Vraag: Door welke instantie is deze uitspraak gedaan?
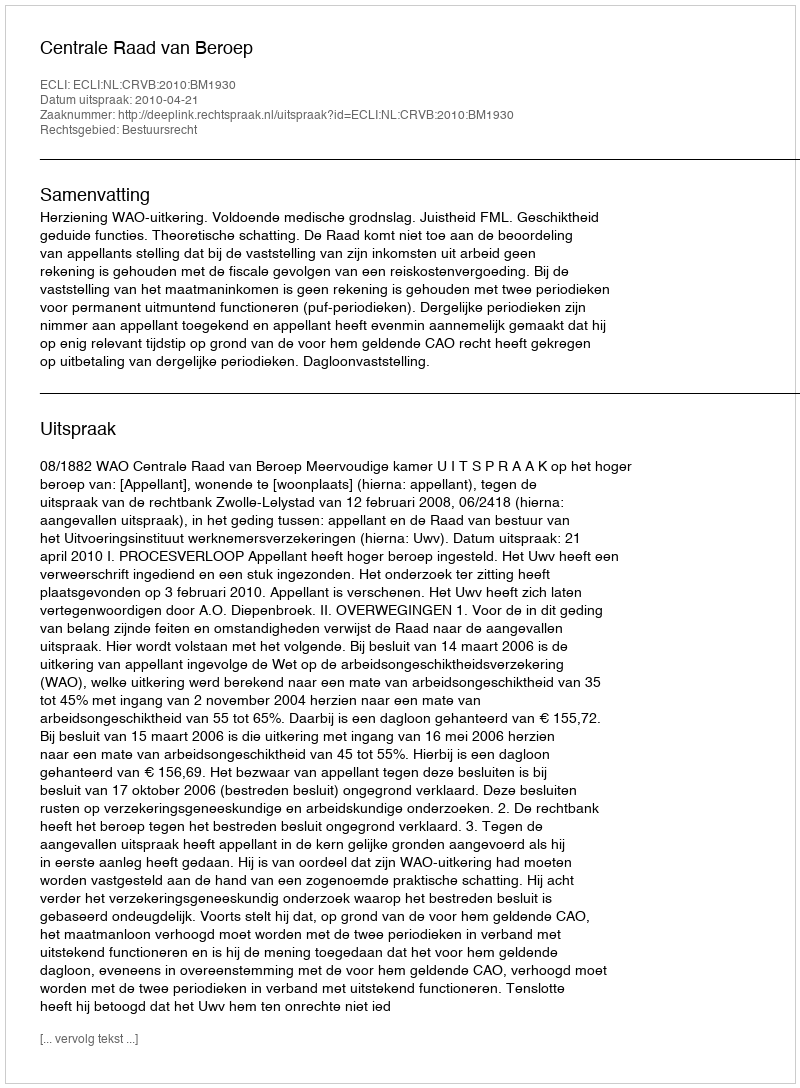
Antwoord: Centrale Raad van Beroep